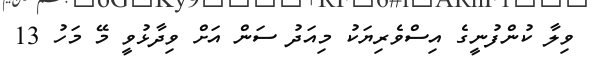
ވިލާ ކުންފުނީގެ އިސްވެރިޔަކު މިއަދު ސަން އަށް ވިދާޅުވީ މޭ މަހު 13